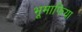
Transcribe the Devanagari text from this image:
भूमाफिया